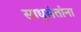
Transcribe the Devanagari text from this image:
साधुसंतांना